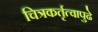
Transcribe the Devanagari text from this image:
चित्रकर्तृत्वापुढे